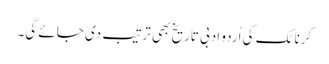
کرناٹک کی اُردو ادبی تاریخ بھی ترتیب دی جائے گی۔